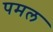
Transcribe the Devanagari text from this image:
पमल